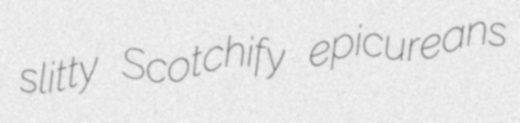
slitty Scotchify epicureans